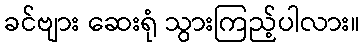
ခင်ဗျား ဆေးရုံ သွားကြည့်ပါလား။